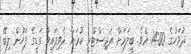
ދުވަހުގެ 14:00 އެވެ. ބީލަމަށް ރަޖިސްޓްރީ ކުރަން ދެވިފައިވާ ގަޑީގެ ފަހުން ލިބޭ